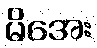
မိအေး